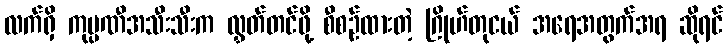
လက်ရှိ ကုမ္ပဏီအသီးသီးက လွှတ်တင်ဖို့ စီစဉ်ထားတဲ့ ဂြိုဟ်တုငယ် အရေအတွက်အရ ဆိုရင်